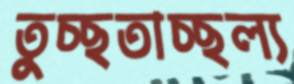
তুচ্ছতাচ্ছল্য